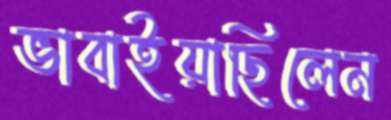
ভাবাইয়াছিলেন